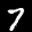
Label: 7